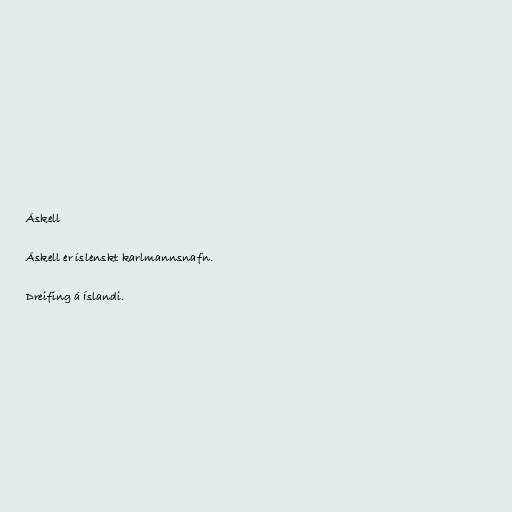
Áskell

Áskell er íslenskt karlmannsnafn.

Dreifing á Íslandi.